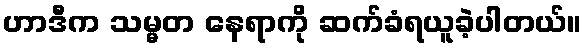
ဟာဒီက သမ္မတ နေရာကို ဆက်ခံရယူခဲ့ပါတယ်။